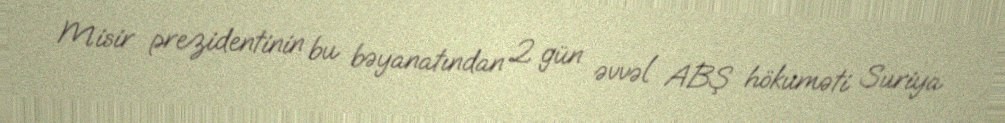
Misir prezidentinin bu bəyanatından 2 gün əvvəl ABŞ hökuməti Suriya